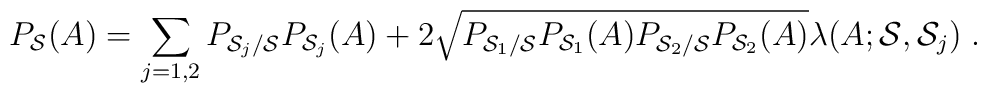
P_{{\cal S}}(A)= \sum_{j=1,2} P_{{\cal S}_j/{\cal S}}  P_{{\cal S}_j}(A)+2 \sqrt{P_{{\cal S}_1/{\cal S}}  P_{{\cal S}_1}(A)P_{{\cal S}_2/{\cal S}}  P_{{\cal S}_2}(A)} \lambda(A; {\cal S}, {\cal S}_j)\;.